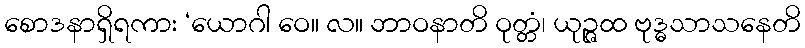
စောဒနာရှိရကား ‘ယောဂါ ဝေ။ လ။ ဘာဝနာတိ ဝုတ္တံ၊ ယုဉ္ဇထ ဗုဒ္ဓသာသနေတိ